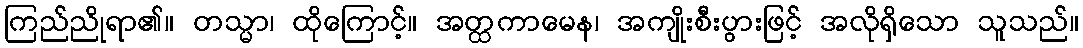
ကြည်ညိုရာ၏။ တသ္မာ၊ ထိုကြောင့်။ အတ္ထကာမေန၊ အကျိုးစီးပွားဖြင့် အလိုရှိသော သူသည်။